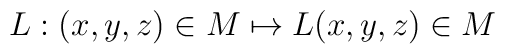
L:  (x,y,z)\in {   M} \mapsto L(x,y,z)\in {   M}